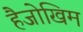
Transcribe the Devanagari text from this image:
हैजोखिम